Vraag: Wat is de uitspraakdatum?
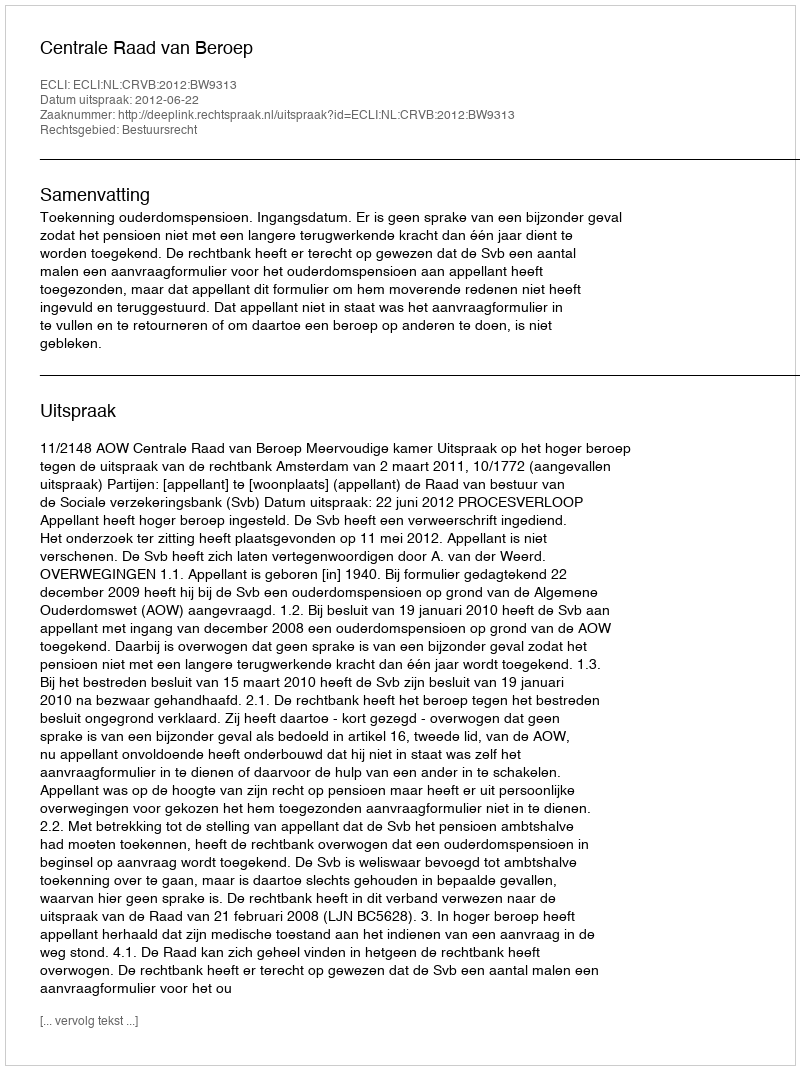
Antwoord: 2012-06-22